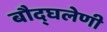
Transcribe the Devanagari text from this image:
बौद्घलेणी